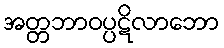
အတ္တဘာဝပ္ပဋိလာဘော